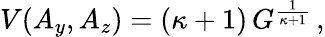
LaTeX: \begin{array}{r}{V(A_{y},A_{z})=(\kappa+1)\, G^{\frac{1}{\kappa+1}}\, ,}\end{array}